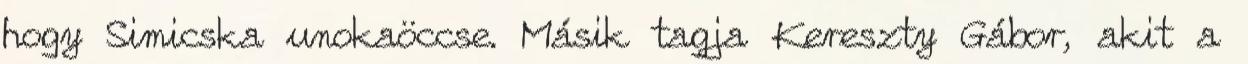
hogy Simicska unokaöccse. Másik tagja Kereszty Gábor, akit a